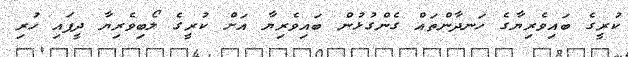
ކުރީގެ ބައިވެރިޔާގެ ހަނދާންތައް ގެންގުޅުން ބައިވެރިޔާ އަށް ކުރީގެ ލޯބިވެރިޔާ ދީފައި ހުރި